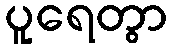
ပူရေတွာ